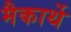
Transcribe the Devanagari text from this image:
मैकार्थे